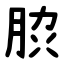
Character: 䏮